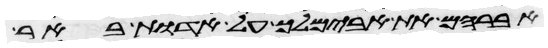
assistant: אברהם את אבימלך על אדות באר